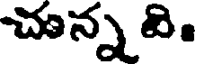
చున్న వి.